Civil Veterinary Department Bihar & Orissa reports 1929-36 - 1929-1936
Year: 1929
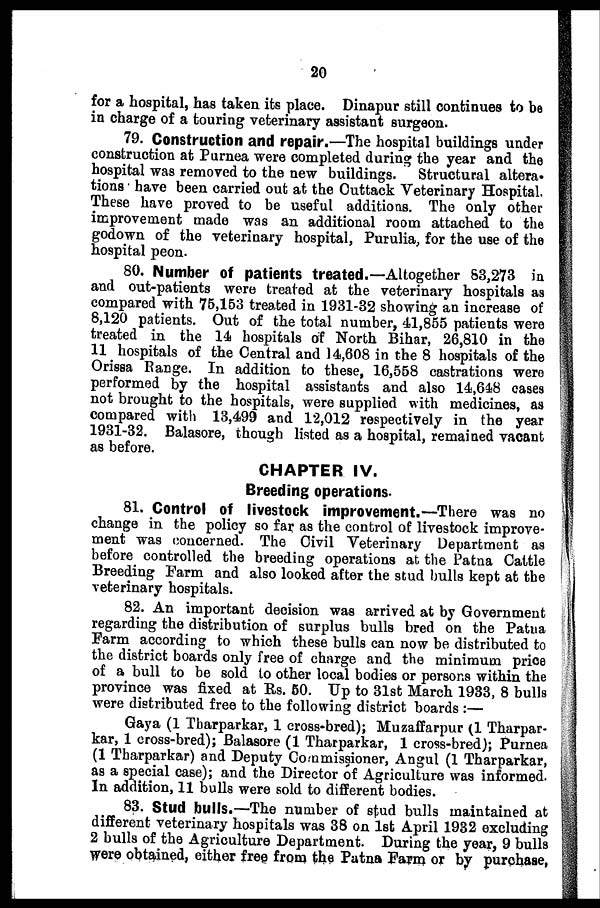
20
for a hospital, has taken its place. Dinapur still continues to be
in charge of a touring veterinary assistant surgeon.
79. Construction and repair.—The hospital buildings under
construction at Purnea were completed during the year and the
hospital was removed to the new buildings. Structural altera-
tions have been carried out at the Cuttack Veterinary Hospital.
These have proved to be useful additions. The only other
improvement made was an additional room attached to the
godown of the veterinary hospital, Purulia, for the use of the
hospital peon.
80. Number of patients treated.—Altogether 63,273 in
and out-patients were treated at the veterinary hospitals as
compared with 75,163 treated in 1931-32 showing an increase of
8,120 patients. Out of the total number, 41,855 patients were
treated in the 14 hospitals of North Bihar, 26,810 in the
11 hospitals of the Central and 14,608 in the 8 hospitals of the
Orissa Range. In addition to these, 16,568 castrations were
performed by the hospital assistants and also 14,648 cases
not brought to the hospitals, were supplied with medicines, as
compared with 13,499 and 12,012 respectively in the year
1931-32. Balasore, though listed as a hospital, remained vacant
as before.
CHAPTER IV.
Breeding operations.
81. Control of livestock improvement.—There was no
change in the policy so far as the control of livestock improve-
ment was concerned. The Civil Veterinary Department as
before controlled the breeding operations at the Patna Cattle
Breeding Farm and also looked after the stud bulls kept at the
veterinary hospitals.
82. An important decision was arrived at by Government
regarding the distribution of surplus bulls bred on the Patna
Farm according to which these bulls can now be distributed to
the district boards only free of charge and the minimum price
of a bull to be sold to other local bodies or persons within the
province was fixed at Rs. 50. Up to 31st March 1933, 8 bulls
were distributed free to the following district boards :—
Gaya (1 Tharparkar, 1 cross-bred); Muzaffarpur (1 Tharpar-
kar, 1 cross-bred); Balasore (1 Tharparkar, 1 cross-bred); Purnea
(1 Tharparkar) and Deputy Commissioner, Angul (1 Tharparkar,
as a special case); and the Director of Agriculture was informed.
In addition, 11 bulls were sold to different bodies.
83. Stud bulls.—The number of stud bulls maintained at
different veterinary hospitals was 38 on 1st April 1932 excluding
2 bulls of the Agriculture Department. During the year, 9 bulls
were obtained, either free from the Patna Farm or by purchase,